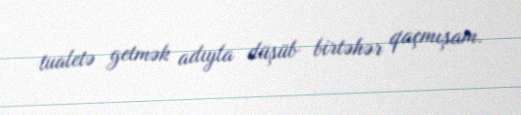
tualetə getmək adıyla düşüb birtəhər qaçmışam.